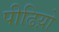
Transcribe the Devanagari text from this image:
पीढिय़ो